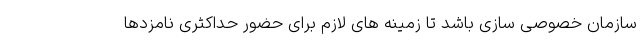
سازمان خصوصی سازی باشد تا زمینه های لازم برای حضور حداکثری نامزدها